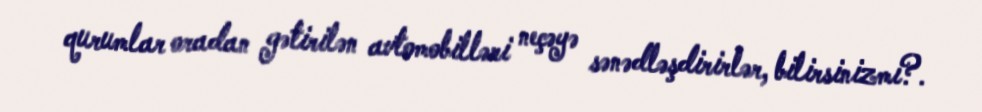
qurumlar oradan gətirilən avtomobilləri neçəyə sənədləşdirirlər, bilirsinizmi?.